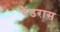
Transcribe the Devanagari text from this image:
बैंडरास